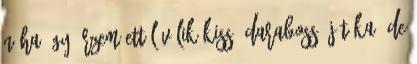
néha úgy érzem ettől válik kissé darabossá játéka, de